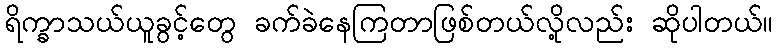
ရိက္ခာသယ်ယူခွင့်တွေ ခက်ခဲနေကြတာဖြစ်တယ်လို့လည်း ဆိုပါတယ်။